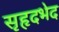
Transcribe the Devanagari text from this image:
सृहृदभेद